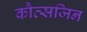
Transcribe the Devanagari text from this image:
कौत्सजिन